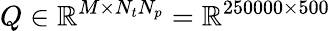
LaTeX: Q\in\mathbb{R}^{M\times N_{t}N_{p}}=\mathbb{R}^{250000\times 500}